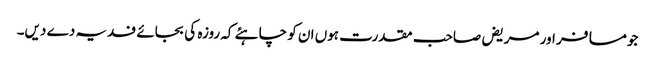
جومسافر اور مریض صاحب مقدرت ہوں ان کو چاہئے کہ روزہ کی بجائے فدیہ دے دیں۔